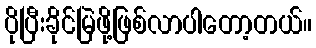
ပိုပြီးခိုင်မြဲဖို့ဖြစ်လာပါတော့တယ်။